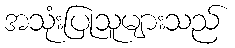
အသုံးပြုသူများသည်